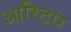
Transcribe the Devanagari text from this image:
आरिटार